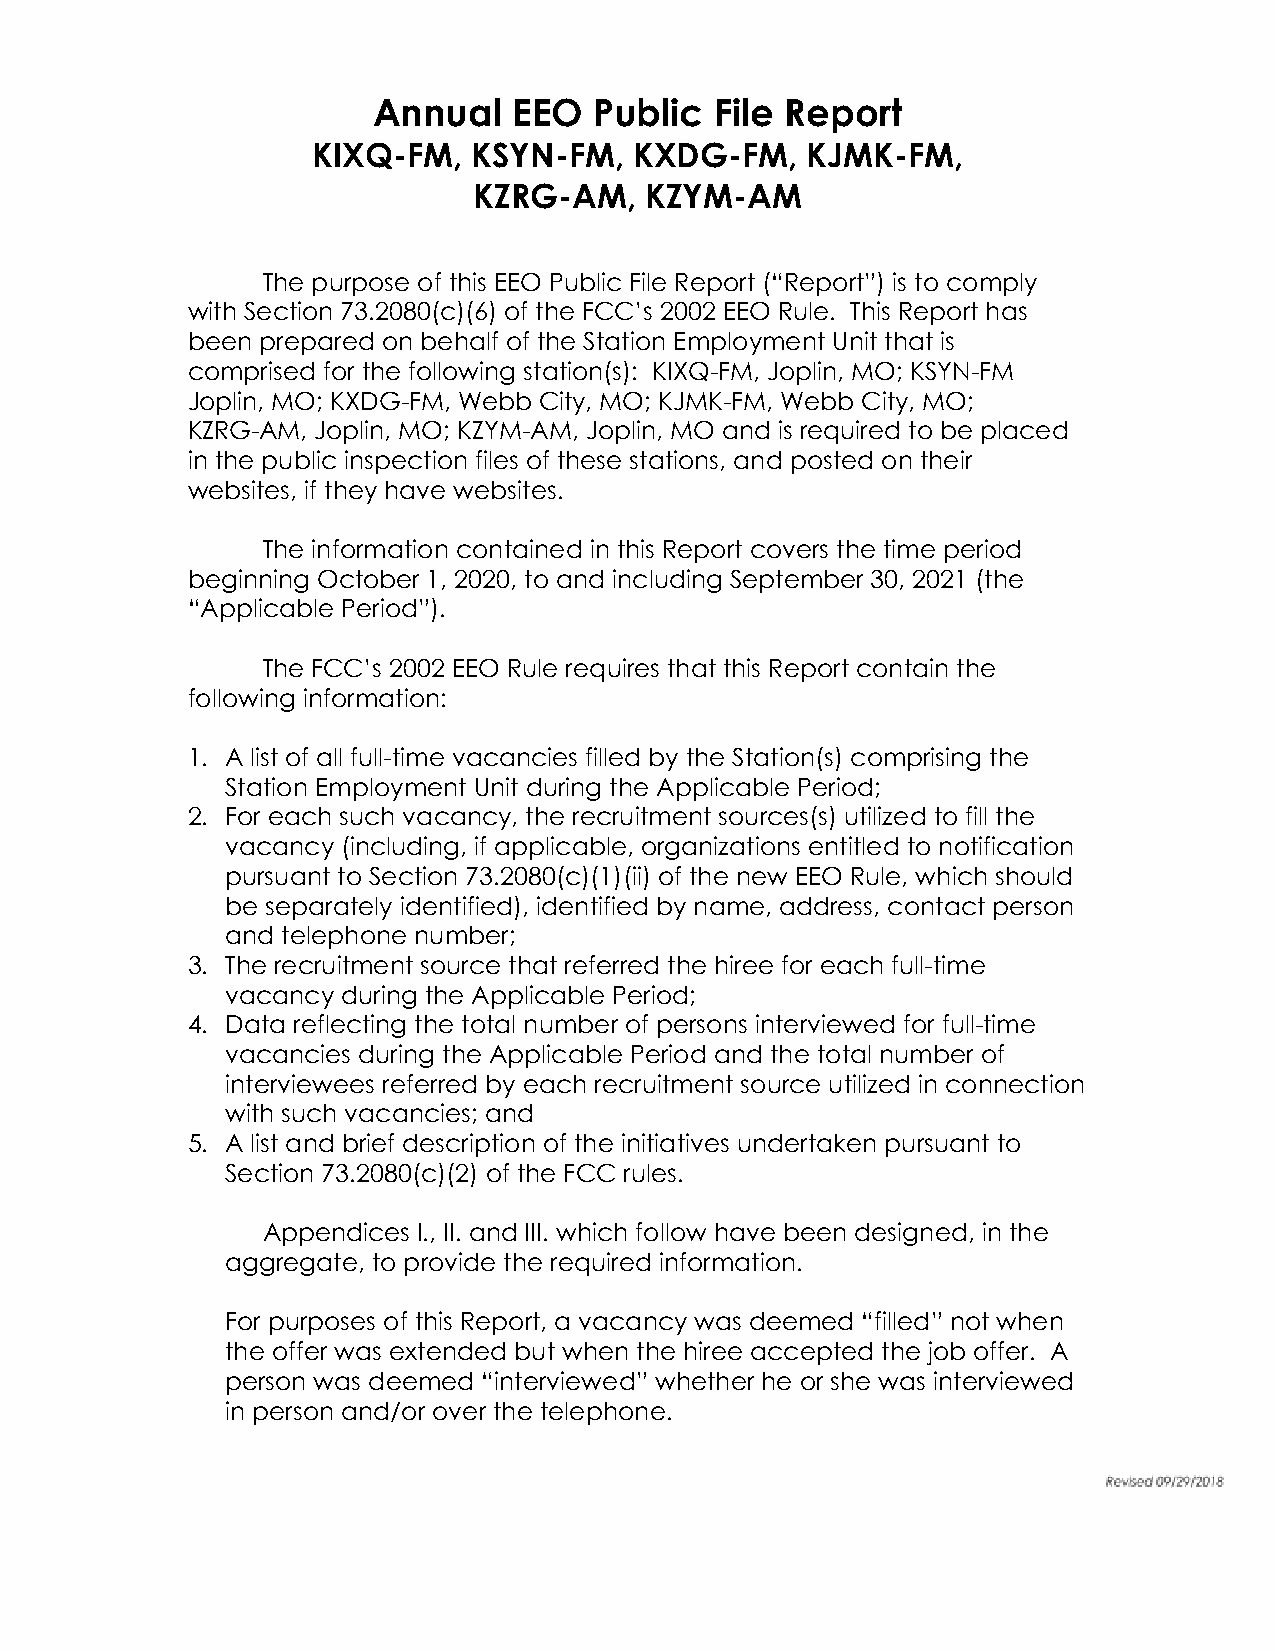
Annual   EEO  Public  File Report
 KIXQ-FM,  KSYN-FM,   KXDG-FM,   KJMK-FM,
 KZRG-AM,    KZYM-AM
 The purpose of this EEO Public File Report (“Report”) is to comply
 with Section 73.2080(c)(6) of the FCC’s 2002 EEO Rule. This Report has
 been prepared on behalf of the Station Employment Unit that is
 comprised for the following station(s): KIXQ-FM, Joplin, MO; KSYN-FM
 Joplin, MO; KXDG-FM, Webb City, MO; KJMK-FM, Webb City, MO;
 KZRG-AM, Joplin, MO; KZYM-AM, Joplin, MO and is required to be placed
 in the public inspection files of these stations, and posted on their
 websites, if they have websites.
 The information contained in this Report covers the time period
 beginning October 1, 2020, to and including September 30, 2021 (the
 “Applicable Period”).
 The FCC’s 2002 EEO Rule requires that this Report contain the
 following information:
 1. A list of all full-time vacancies filled by the Station(s) comprising the
 Station Employment Unit during the Applicable Period;
 2. For each such vacancy, the recruitment sources(s) utilized to fill the
 vacancy (including, if applicable, organizations entitled to notification
 pursuant to Section 73.2080(c)(1)(ii) of the new EEO Rule, which should
 be separately identified), identified by name, address, contact person
 and telephone number;
 3. The recruitment source that referred the hiree for each full-time
 vacancy during the Applicable Period;
 4. Data reflecting the total number of persons interviewed for full-time
 vacancies during the Applicable Period and the total number of
 interviewees referred by each recruitment source utilized in connection
 with such vacancies; and
 5. A list and brief description of the initiatives undertaken pursuant to
 Section 73.2080(c)(2) of the FCC rules.
 Appendices I., II. and III. which follow have been designed, in the
 aggregate, to provide the required information.
 For purposes of this Report, a vacancy was deemed “filled” not when
 the offer was extended but when the hiree accepted the job offer. A
 person was deemed “interviewed” whether he or she was interviewed
 in person and/or over the telephone.